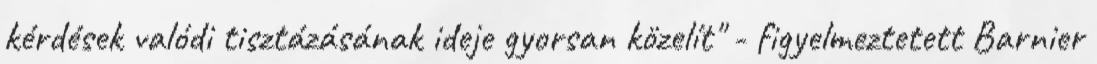
kérdések valódi tisztázásának ideje gyorsan közelít" - figyelmeztetett Barnier